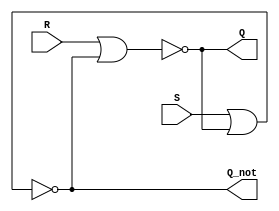
module srlatch(
    input wire S, R,
    output wire Q, Q_not);

    assign Q     = ~(R | Q_not);
    assign Q_not = ~(S | Q);
endmodule